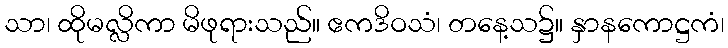
သာ၊ ထိုမလ္လိကာ မိဖုရားသည်။ ဧကဒိဝသံ၊ တနေ့သ၌။ နှာနကောဋ္ဌကံ၊